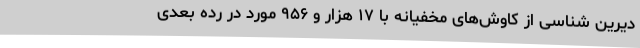
دیرین شناسی از کاوش‌های مخفیانه با ۱۷ هزار و ۹۵۶ مورد در رده بعدی